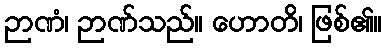
ဉာဏံ၊ ဉာဏ်သည်။ ဟောတိ၊ ဖြစ်၏။